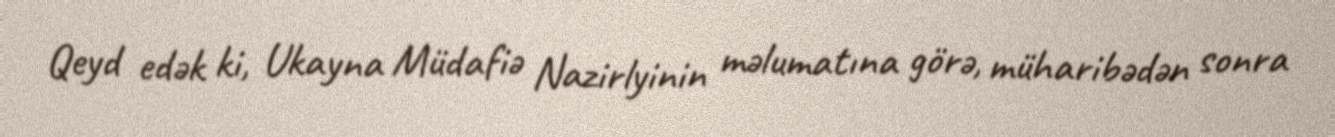
Qeyd edək ki, Ukayna Müdafiə Nazirlyinin məlumatına görə, müharibədən sonra